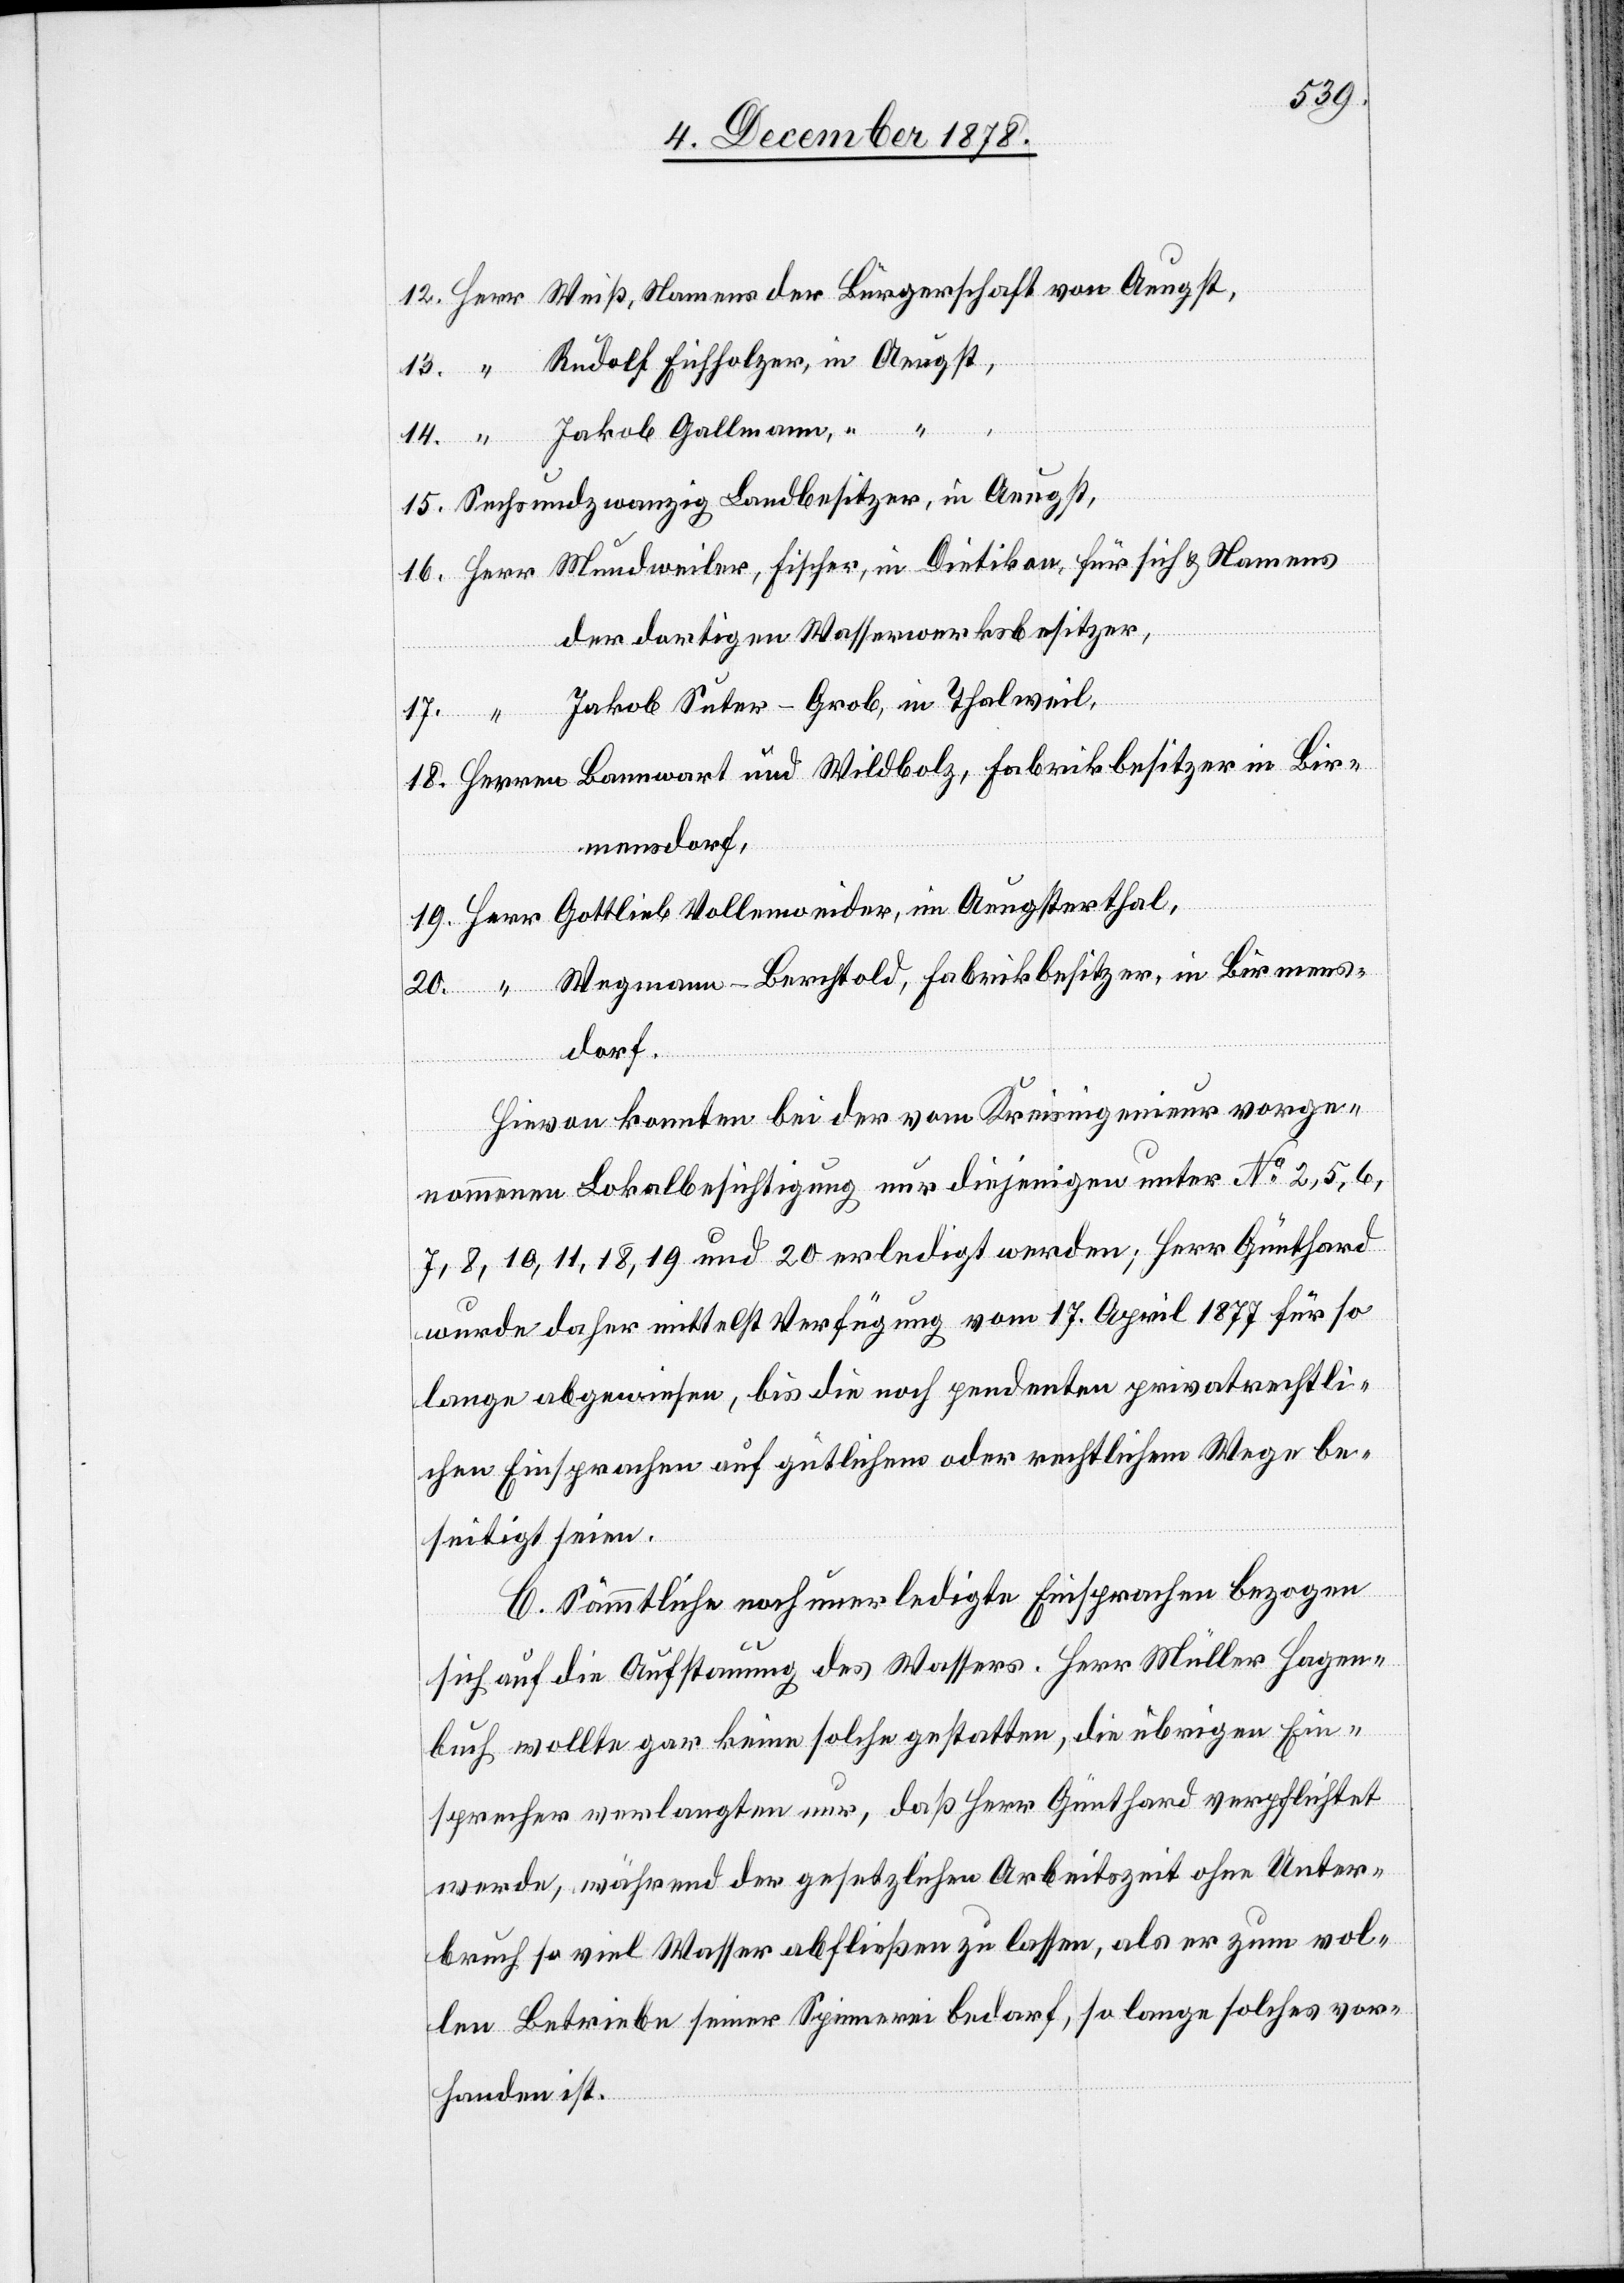
19.
Rudolf Eichholzer, in Aeugst,
14.
Sechsundzwanzig Landbesitzer, in Aeugst,
der dortigen Wasserwerksbesitzer,
20.
Jakob Suter-Grob, in Thalweil,
Gallmann,
im
Wegmann-Berthold, Fabrikbesitzer, in Birmens¬
dorf.
Hievon konnten bei der vom Kreisingenieur vorge¬
nommenen Lokalbesichtigung nur diejenigen unter No 2, 5, 6,
7, 8, 10, 11, 18, 19 und 20 erledigt werden; Herr Günthard
wurde daher mittelst Verfügung vom 17. April 1877 für so
lange abgewiesen, bis die noch pendenten privatrechtli¬
chen Einsprachen auf gütlichem oder rechtlichem Wege be¬
seitigt seien.
C. Sämmtliche noch unerledigte Einsprachen bezogen
sich auf die Aufstauung des Wassers. Herr Müller Hagen¬
buch wollte gar keine solche gestatten, die übrigen Ein¬
sprecher verlangten nur, daß Herr Günthard verpflichtet
werde, während der gesetzlichen Arbeitszeit ohne Unter¬
bruch so viel Wasser abfließen zu lassen, als er zum vol¬
len Betriebe seiner Spinnerei bedarf, so lange solches vor¬
handen ist.